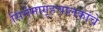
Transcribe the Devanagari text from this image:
सिनेमागृहचालकांचे